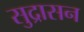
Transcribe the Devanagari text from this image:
सुद्रासन